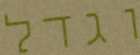
וגדל